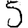
Digit: 5